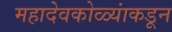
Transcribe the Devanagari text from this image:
महादेवकोळ्यांकडून